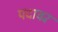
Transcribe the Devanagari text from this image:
पदावरॅ